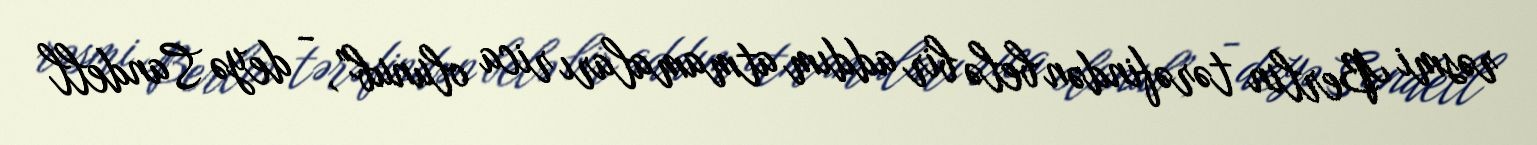
rəsmi Berlin tərəfindən belə bir addım atmamaları rica olunub”, - deyə Sandell